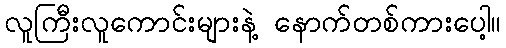
လူကြီးလူကောင်းများနဲ့ နောက်တစ်ကားပေါ့။